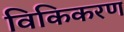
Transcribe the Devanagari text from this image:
विकिकरण